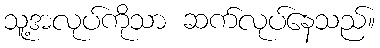
သူ့အလုပ်ကိုသာ ဆက်လုပ်နေသည်။